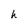
Character: h